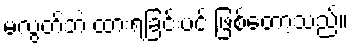
မလွတ်ဘဲ ထားရခြင်းပင် ဖြစ်တော့သည်။